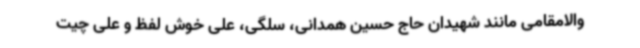
والامقامی مانند شهیدان حاج حسین همدانی، سلگی، علی خوش لفظ و علی چیت